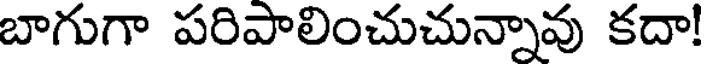
బాగుగా పరిపాలించుచున్నావు కదా!